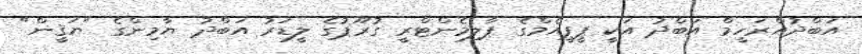
އަބްދުއްރަހީމް އަބްދު އަކީ ޕީޕީއެމްގެ ޕާލިމެންޓްރީ ގުރޫޕުގެ ލީޑަރު އަބްދު ޔާމިންގެ "ޔަޤީން"